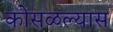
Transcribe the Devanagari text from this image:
कोसळल्यास